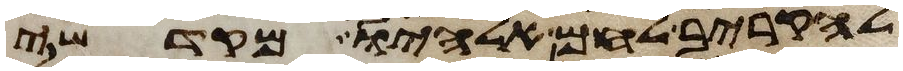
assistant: להקריב לחם אלהיו מקדשי